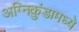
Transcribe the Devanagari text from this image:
अग्निकुंडामध्ये